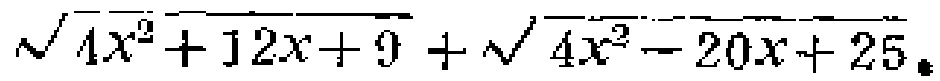
$\sqrt{4x^{2}+12x + 9}+\sqrt{4x^{2}-20x + 25}$